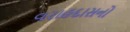
વરાહદાસનો